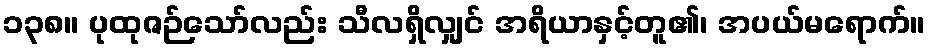
၁၃၈။ ပုထုဇဉ်သော်လည်း သီလရှိလျှင် အရိယာနှင့်တူ၏၊ အပယ်မရောက်။